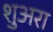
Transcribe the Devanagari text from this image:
शुअरा